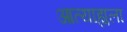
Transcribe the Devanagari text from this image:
आत्याह्यला